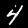
Digit: 4